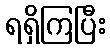
ရရှိကြပြီး